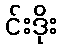
င်းဒိုး